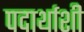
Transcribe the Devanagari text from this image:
पदार्थाशी